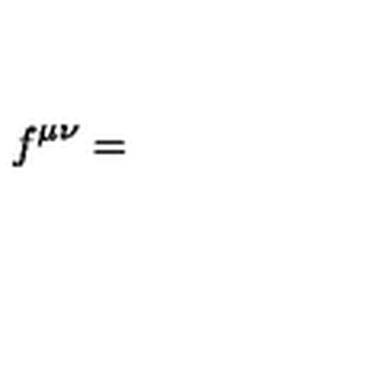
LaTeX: f ^ { \mu \nu } =